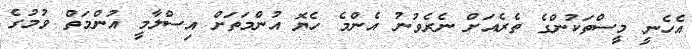
އެހެނީ މީސްތަކުންގެ ތެރެއަށް ނެރެވުނު އެންމެ ހެޔޮ އުންމަތަށް އިސްލާމީ އުންމަތް ވުމުގެ